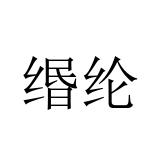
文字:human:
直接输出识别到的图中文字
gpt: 缗纶